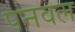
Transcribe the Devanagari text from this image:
पनवल